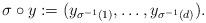
LaTeX: \begin{align*}\sigma \circ y := (y_{\sigma^{-1}(1)}, \ldots, y_{\sigma^{-1}(d)}).\end{align*}